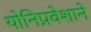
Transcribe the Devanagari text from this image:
योनिप्रवेशाने